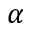
\alpha